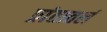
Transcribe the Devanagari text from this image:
प्रांतातलं